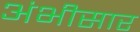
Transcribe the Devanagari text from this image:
अंभीसार